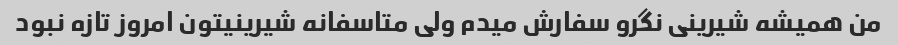
من همیشه شیرینی نگرو سفارش میدم ولی متاسفانه شیرینیتون امروز تازه نبود